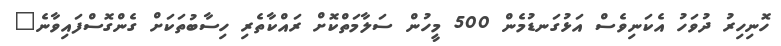
ހޮނިހިރު ދުވަހު އެކަނިވެސް އަޅުގަނޑުމެން 500 މީހުން ސަލާމަތްކޮށް ރައްކާތެރި ހިސާބުތަކަށް ގެންގޮސްފައިވާނެ"